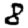
Digit: 8